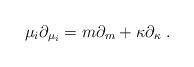
LaTeX: \begin{align*}\mu_i\partial_{\mu_i} = m\partial_m + \kappa \partial_\kappa \ .\end{align*}